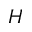
H